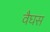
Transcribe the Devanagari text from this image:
वैघस